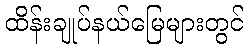
ထိန်းချုပ်နယ်မြေများတွင်